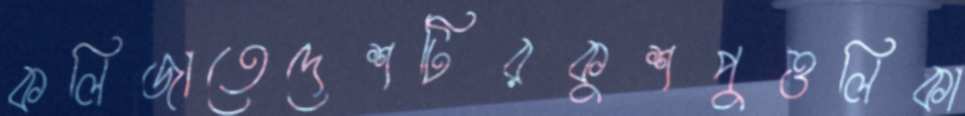
কলিজাতেদেশটিরকুশপুত্তলিকা